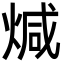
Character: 煘